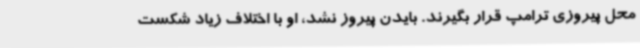
محل پیروزی ترامپ قرار بگیرند. بایدن پیروز نشد، او با اختلاف زیاد شکست